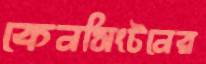
কেনসিংটনের